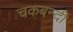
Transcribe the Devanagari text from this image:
चकबन्दी